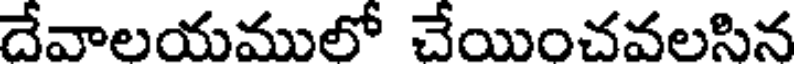
దేవాలయములో చేయించవలసిన